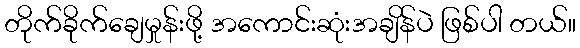
တိုက်ခိုက်ချေမှုန်းဖို့ အကောင်းဆုံးအချိန်ပဲ ဖြစ်ပါ တယ်။